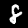
Label: 8